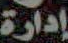
إدارة